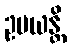
ဥပယန္တိ